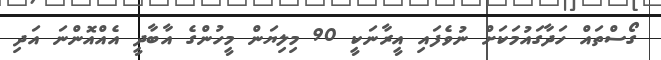
ގޯސްތައް ހަދާގައުމަކަށް ނުވެފައި އީރާނަކީ 90 މިލިޔަން މީހުންގެ އާބާދީ އެއްއޮންނަ އަދި